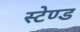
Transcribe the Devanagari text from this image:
स्‍टेण्‍ड